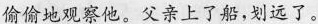
偷偷地观察他。父亲上了船,划远了。